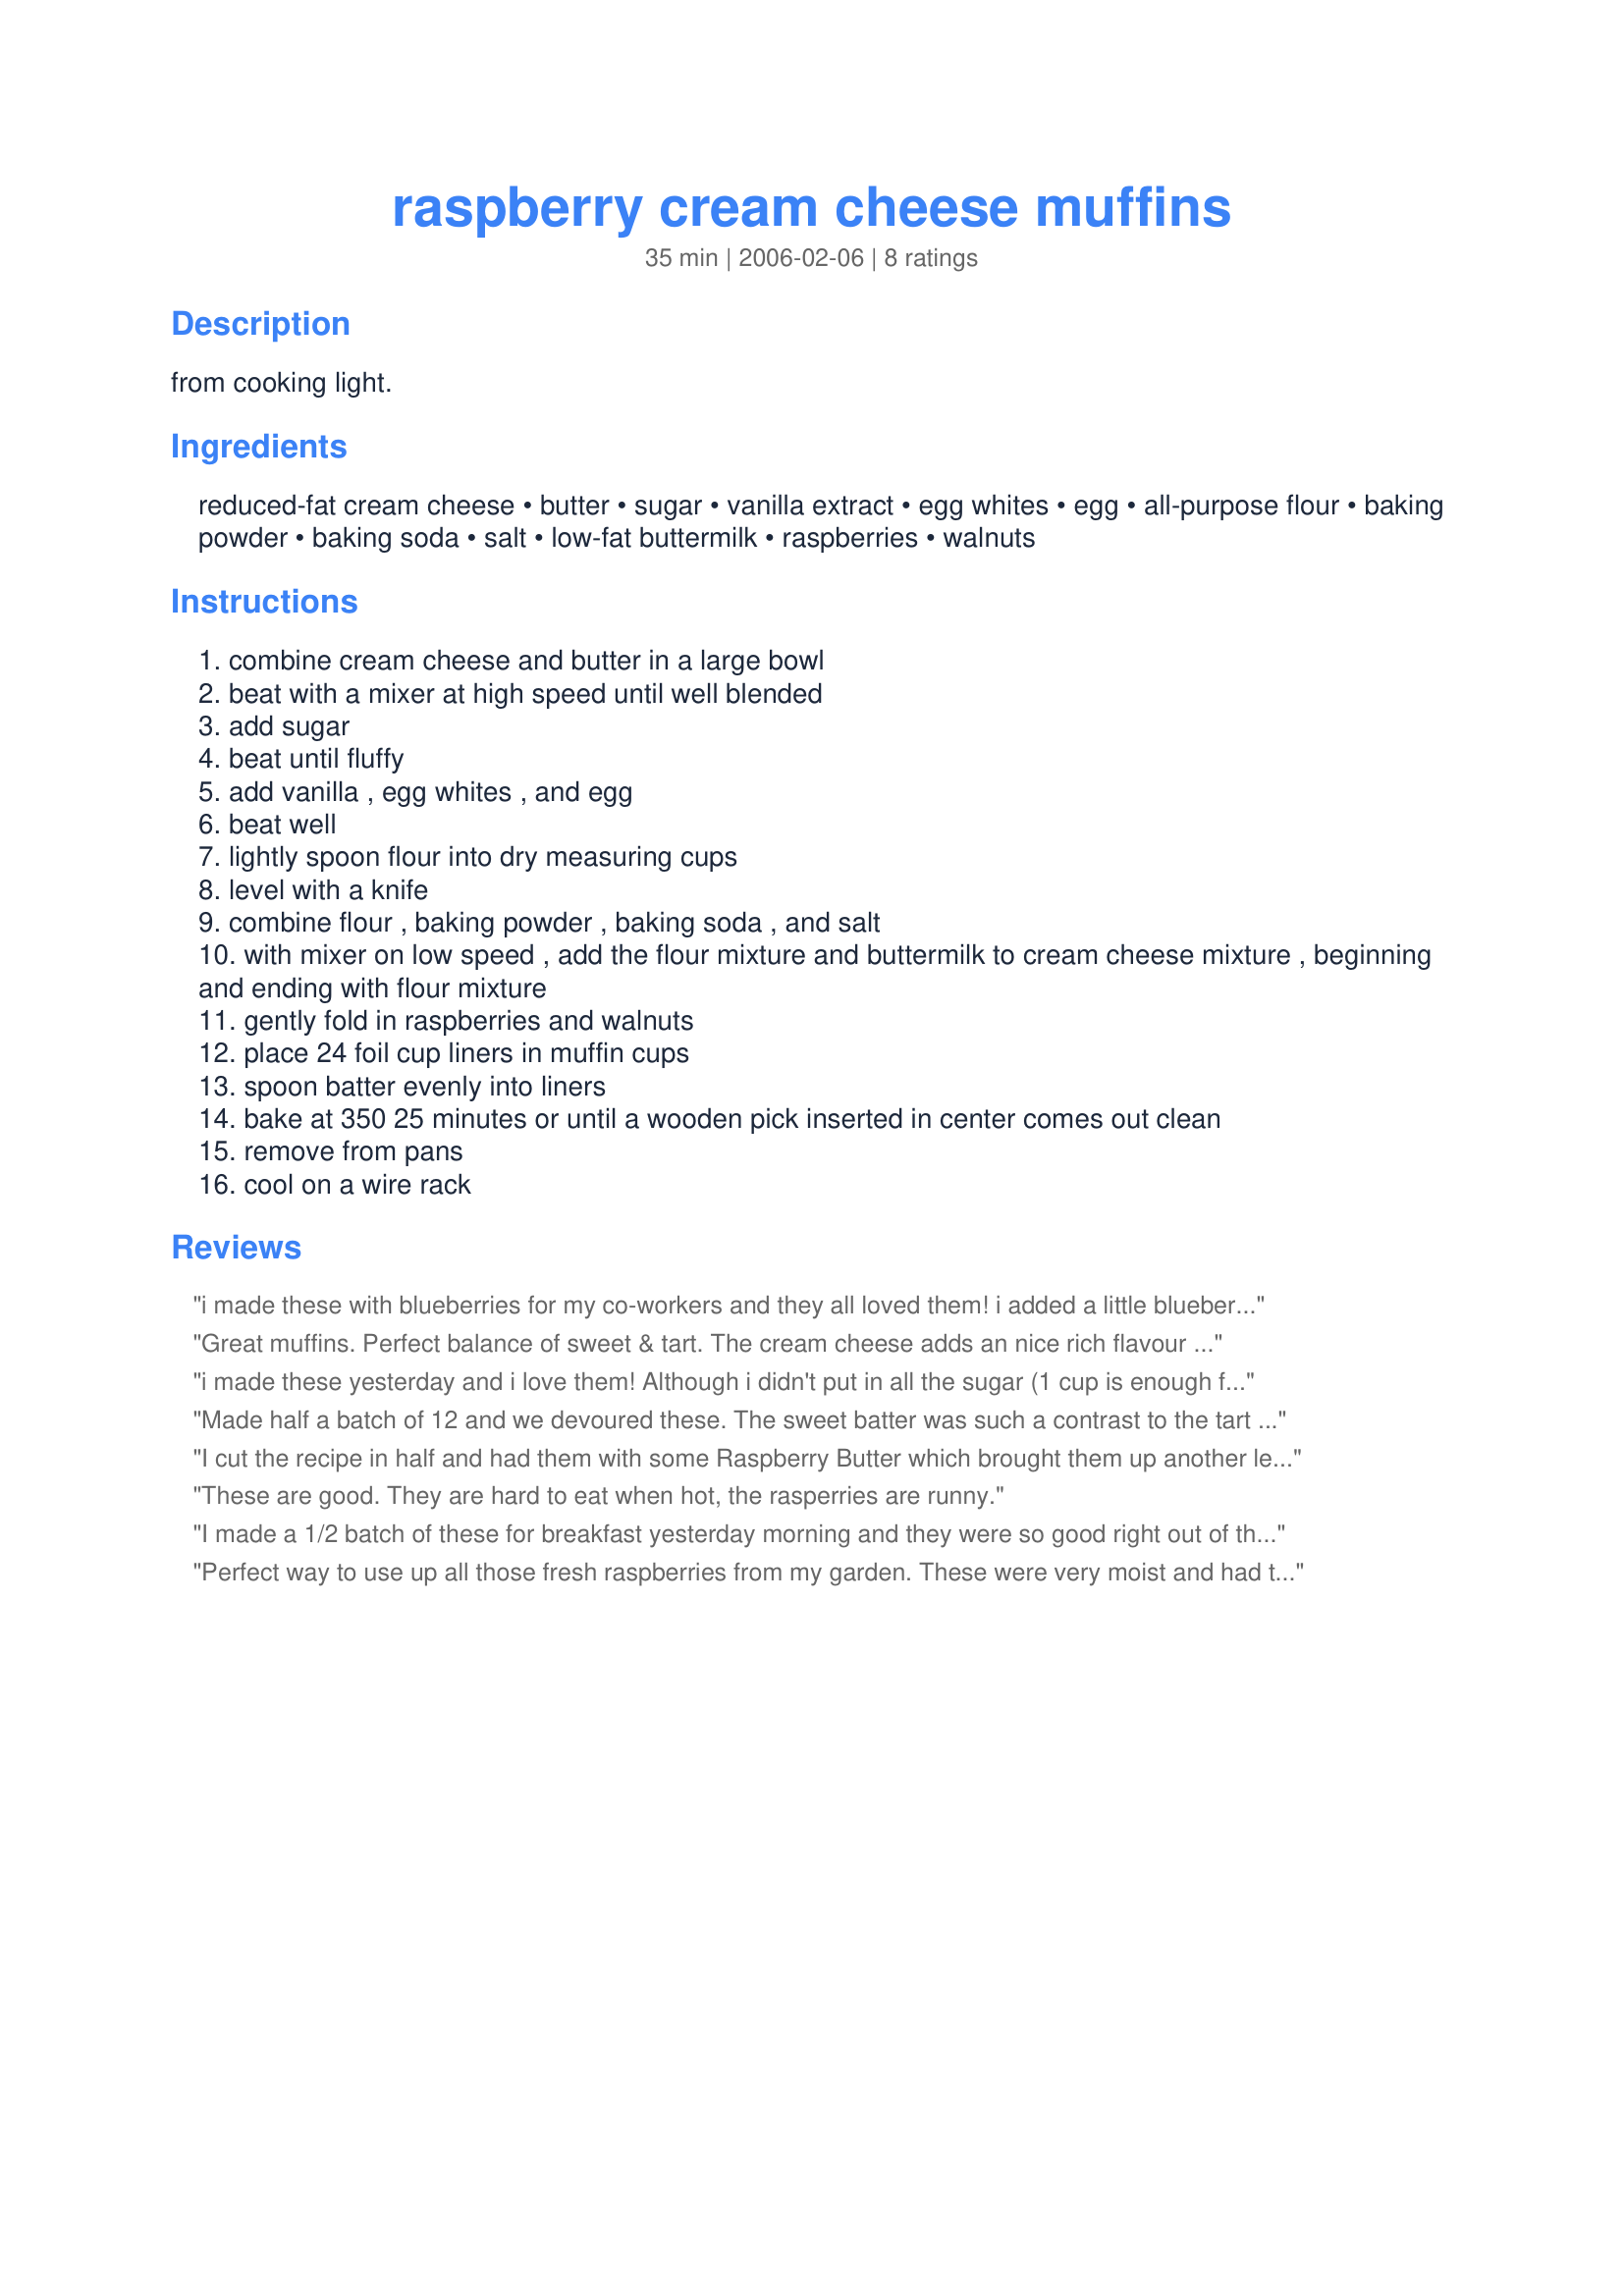
raspberry cream cheese muffins
Preparation time: 35 minutes

from cooking light.

Ingredients:
reduced-fat cream cheese, butter, sugar, vanilla extract, egg whites, egg, all-purpose flour, baking powder, baking soda, salt, low-fat buttermilk, raspberries, walnuts

Steps:
combine cream cheese and butter in a large bowl
beat with a mixer at high speed until well blended
add sugar
beat until fluffy
add vanilla , egg whites , and egg
beat well
lightly spoon flour into dry measuring cups
level with a knife
combine flour , baking powder , baking soda , and salt
with mixer on low speed , add the flour mixture and buttermilk to cream cheese mixture , beginning and ending with flour mixture
gently fold in raspberries and walnuts
place 24 foil cup liners in muffin cups
spoon batter evenly into liners
bake at 350 25 minutes or until a wooden pick inserted in center comes out clean
remove from pans
cool on a wire rack

Reviews:
i made these with blueberries for my co-workers and they all loved them! i added a little blueberry preserves to extra cream cheese and spooned a small dollop into the centers of the muffins! this turned out quite well!
Great muffins. Perfect balance of sweet & tart. The cream cheese adds an nice rich flavour & texture. I made these on the weekend planning of bringing the leftovers to work on Monday, however, they were gobbled up before I knew it. Easy & tasty muffins, thanks for sharing.
i made these yesterday and i love them! Although i didn't put in all the sugar (1 cup is enough for me because i added a little bit more vanilla) and i used blueberries instead of raspberries, and i left out the walnuts. They are definitely great and i expect to make them alot!
Made half a batch of 12 and we devoured these. The sweet batter was such a contrast to the tart berries. Made for the Photo Tag.
I cut the recipe in half and had them with some Raspberry Butter which brought them up another level. We couldn't get enough of them! My hubby had 3 and I had to hide one for myself for work or he would have eaten that one too!
These are good. They are hard to eat when hot, the rasperries are runny.
I made a 1/2 batch of these for breakfast yesterday morning and they were so good right out of the oven! I love that they aren't really high in calories so I could have 2 :) My friend and her DH took a couple to work with them and enjoyed during their break. While they were heating in the microwave everyone coming into the cafeteria was asking who the lucky one was having the delicious smelling muffins. When my friend told me that, I beamed all over :) I did add in about 1 1/2 c. fresh berries, just because I love them so much. They turned out sweet from the muffin and a little tart from the berries, which was the perfect contrast! These are going into my favorite breakfast cookbook right now! Thank you for sharing your recipe with us Seesko! Made for 123 Hit Wonders Tag Game 2/09 Linda
Perfect way to use up all those fresh raspberries from my garden. These were very moist and had the perfect amount of sweetness to complement the berries. Would definitely make these again!
